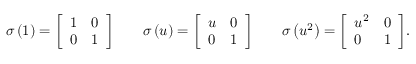
\sigma \left( 1 \right) = { \left[ \begin{array} { l l } { 1 } & { 0 } \\ { 0 } & { 1 } \end{array} \right] } \qquad \sigma \left( u \right) = { \left[ \begin{array} { l l } { u } & { 0 } \\ { 0 } & { 1 } \end{array} \right] } \qquad \sigma \left( u ^ { 2 } \right) = { \left[ \begin{array} { l l } { u ^ { 2 } } & { 0 } \\ { 0 } & { 1 } \end{array} \right] } .